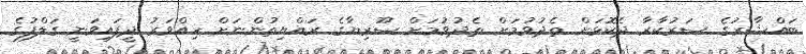
ބައްޝާރުގެ ސަރުކާރާ ދެކޮޅަށް ތެދުވުމަށް ތެދުވުމަށް ސޫރިޔާގެ ރައްޔިތުންނަށް ހިއްވަރު ދީފައިވަނީ ގަލްފުގެ